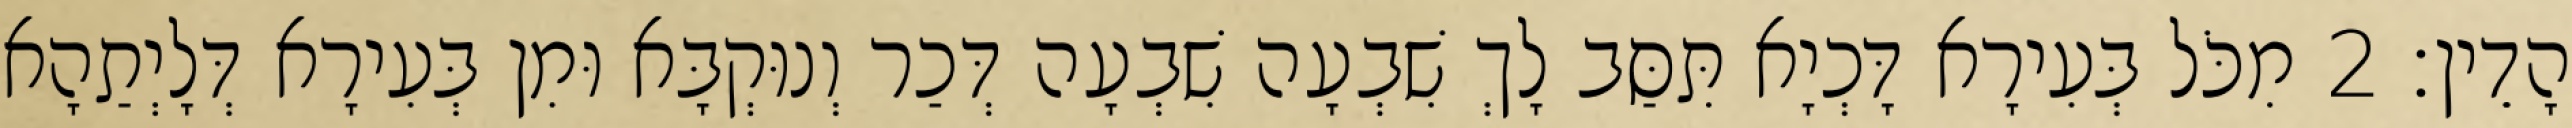
הָדֵין׃ 2 מִכֹּל בְּעִירָא דָּכְיָא תִּסַּב לָךְ שִׁבְעָה שִׁבְעָה דְּכַר וְנוּקְבָּא וּמִן בְּעִירָא דְּלָיְתַהָא